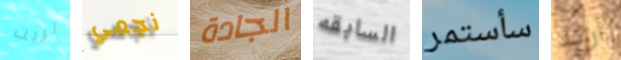
تريب نجمي الجادة السابقه سأستمر أريد